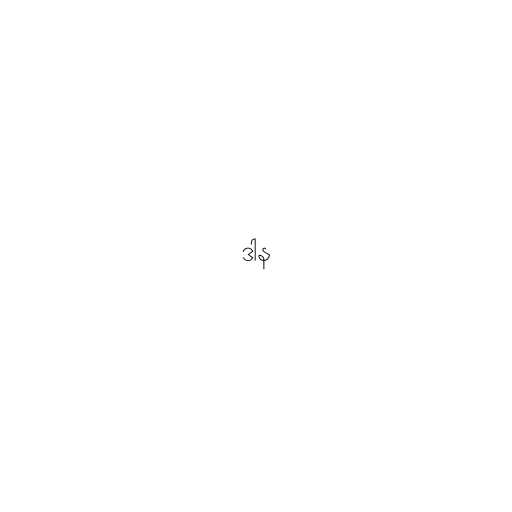
ဒါန